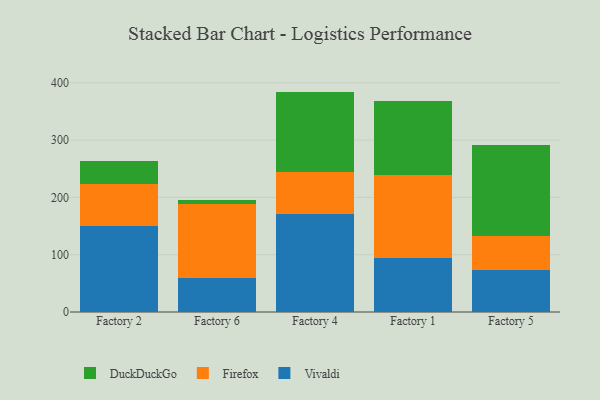
{"axis": {"x": "Factory", "y": "Customer Acquisition Cost (USD)"}, "legend": ["DuckDuckGo", "Firefox", "Vivaldi"], "data": [{"x": "Factory 2", "y": 149.5, "type": "Vivaldi"}, {"x": "Factory 2", "y": 74.6, "type": "Firefox"}, {"x": "Factory 2", "y": 39.7, "type": "DuckDuckGo"}, {"x": "Factory 6", "y": 58.9, "type": "Vivaldi"}, {"x": "Factory 6", "y": 130.2, "type": "Firefox"}, {"x": "Factory 6", "y": 7.1, "type": "DuckDuckGo"}, {"x": "Factory 4", "y": 170.3, "type": "Vivaldi"}, {"x": "Factory 4", "y": 74.6, "type": "Firefox"}, {"x": "Factory 4", "y": 139.8, "type": "DuckDuckGo"}, {"x": "Factory 1", "y": 94.1, "type": "Vivaldi"}, {"x": "Factory 1", "y": 144.8, "type": "Firefox"}, {"x": "Factory 1", "y": 129.1, "type": "DuckDuckGo"}, {"x": "Factory 5", "y": 73.3, "type": "Vivaldi"}, {"x": "Factory 5", "y": 59.9, "type": "Firefox"}, {"x": "Factory 5", "y": 157.9, "type": "DuckDuckGo"}]}